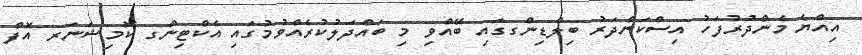
އިއްޔެ މެންދުރުފަހު އިސްކަންދަރު ބިލްޑިންގގައި ބޭއްވި މި ބައްދަލުކުރެއްވުމުގައި އެކްޓިންގ ކޮމިޝަނަރ އޮފް